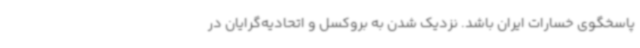
پاسخگوی خسارات ایران باشد. نزدیک شدن به بروکسل و اتحادیه‌گرایان در